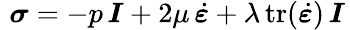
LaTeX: \, \, {\boldsymbol{\sigma}}=-p\, {\boldsymbol{I}}+2\mu\, {\dot{\boldsymbol{\varepsilon}}}+\lambda\, {\mathrm{tr}}({\dot{\boldsymbol{\varepsilon}}})\, {\boldsymbol{I}}\,